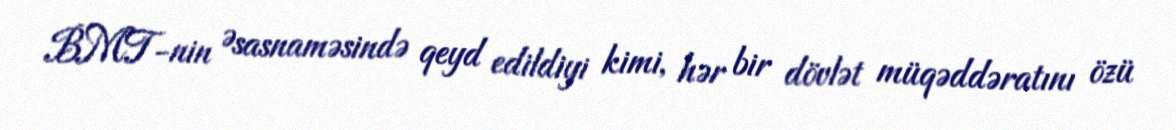
BMT-nin Əsasnaməsində qeyd edildiyi kimi, hər bir dövlət müqəddəratını özü